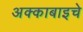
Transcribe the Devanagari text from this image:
अक्काबाइचे